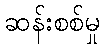
ဆန်းစစ်မှု